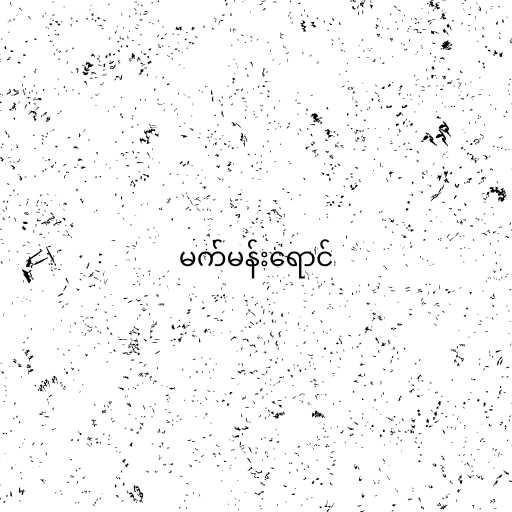
မက်မန်းရောင်